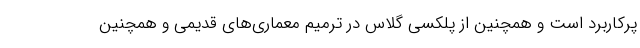
پرکاربرد است و همچنین از پلکسی گلاس در ترمیم معماری‌های قدیمی و همچنین